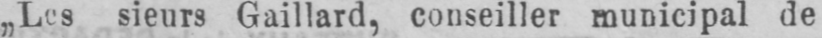
„Les sieurs Gaillard, conseiller municipal de